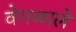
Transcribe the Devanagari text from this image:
वेगळाले